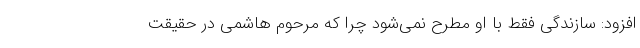
افزود: سازندگی فقط با او مطرح نمی‌شود چرا که مرحوم هاشمی در حقیقت